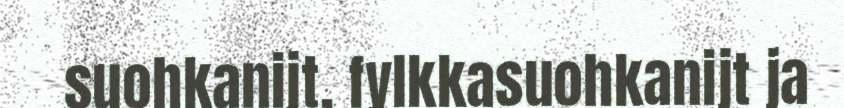
suohkanijt, fylkkasuohkanijt ja